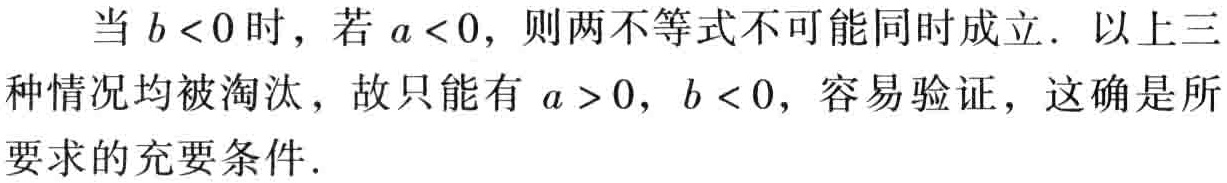
当 \(b < 0\) 时，若 \(a < 0\)，则两不等式不可能同时成立．以上三种情况均被淘汰，故只能有 \(a > 0\)，\(b < 0\)，容易验证，这确是所要求的充要条件．